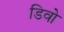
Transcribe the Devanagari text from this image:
डिवो